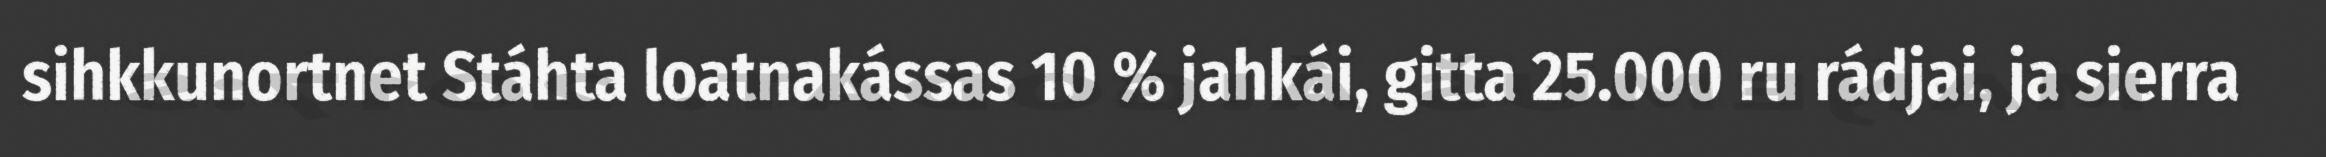
sihkkunortnet Stáhta loatnakássas 10 % jahkái, gitta 25.000 ru rádjai, ja sierra